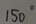
1 5 0 ^ { \circ }